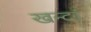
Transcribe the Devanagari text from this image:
खन्दां